Mental hospitals Bombay report 1929-33 - 1929-1933
Year: 1929
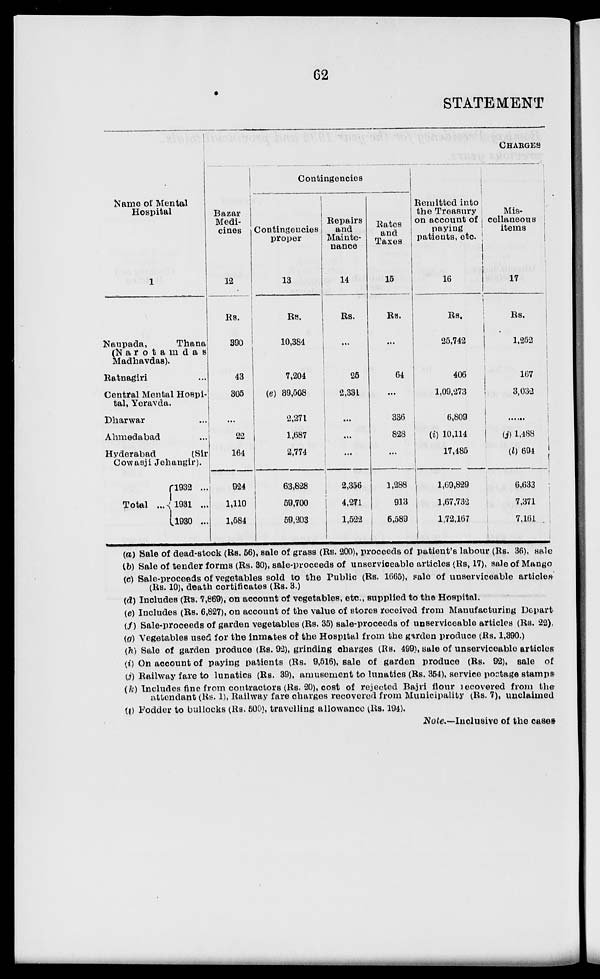
62
STATEMENT
Name of Mental
Hospital
1
Naupada,
Thana
(N a r o t a m d a s
Madhavdas).
Ratnagiri...
Central Mental Hospi¬
tal, Yeravda.
Dharwar...
Ahmedabad...
Hyderabad
(Sir
Cowasji Jehangir).
Total ...
l932 ...
1931 ...
1930 ...
CHARGES
Bazar
Medi-
cines
12
Rs.
390
43
805
...
22
164
924
1,110
1,584
Contingencies
Contingencies
proper
13
Rs.
10,384
7,204
(e) 89,608
2,271
1,687
2,774
63,828
59,700
59,203
Repairs
and
Mainte-
nance
14
Rs.
...
25
2,331
...
...
...
2,356
4,271
1,522
Rates
and
Taxes
15
Rs.
...
64
...
336
828
...
1,288
913
6,589
Remitted into
the Treasury
on account of
paying
patients, etc.
16
Rs.
25,742
406
1,09,273
6,809
(i) 10,114
17,485
1,69,829
1,67,732
1,72,167
Mis-
cellaneous
items
17
Rs.
1,252
167
3,032
......
(j) 1,488
(l) 694
6,633
7,371
7,161
(a) Sale of dead-stock (Rs. 56), sale of grass (Rs. 200), proceeds of patient's labour (Rs. 36), sale
(b) Sale of tender forms (Rs. 30), sale-proceeds of unserviceable articles (Rs.17), sale of Mango
(c) Sale-proceeds of vegetables sold to the Public (Rs. 1665), sale of unserviceable articles
(Rs. 10), death certificates (Rs. 3.)
(d) Includes (Rs. 7,869), on account of vegetables, etc., supplied to the Hospital.
(e) Includes (Rs. 6,827), on account of the value of stores received from Manufacturing Depart
(f) Sale-proceeds of garden vegetables (Rs. 35) sale-proceeds of unserviceable articles (Rs. 22),
(g) Vegetables used for the inmates of the Hospital from the garden produce (Rs. 1,390.)
(h) Sale of garden produce (Rs. 92), grinding charges (Rs. 499), sale of unserviceable articles
(i) On account of paying patients (Rs. 9,516), sale of garden produce (Rs. 92), sale of
(j) Railway fare to lunatics (Rs. 39), amusement to lunatics (Rs. 354), service postage stamps
(k) Includes fine from contractors (Rs. 20), cost of rejected Bajri flour recovered from the
attendant (Rs. 1), Railway fare charges recovered from Municipality (Rs. 7), unclaimed
(l) Fodder to bullocks (Rs. 500), travelling allowance (Rs. 194).
Note.—Inclusive of the cases